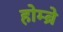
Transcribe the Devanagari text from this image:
होम्ब्रे